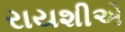
રાયશીએ